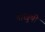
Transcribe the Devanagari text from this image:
नाखुषी